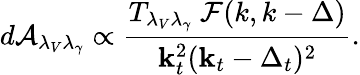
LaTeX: d{\cal A}_{\lambda_{V}\lambda_{\gamma}}\propto{\frac{T_{\lambda_{V}\lambda_{\gamma}}\ {\cal F}(k,k-\Delta)}{{\mathbf k}_{t}^{2}({\mathbf k}_{t}-\Delta_{t})^{2}}}.